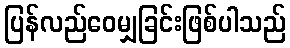
ပြန်လည်ဝေမျှခြင်းဖြစ်ပါသည်